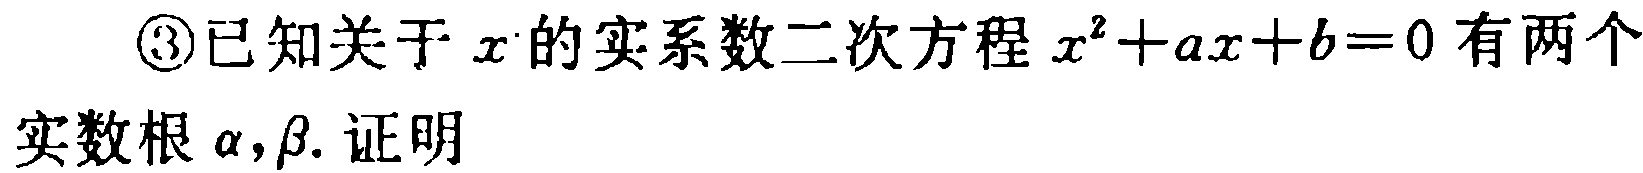
\textcircled{3}已知关于\(x\)的实系数二次方程\(x^{2}+ax + b = 0\)有两个

实数根\(\alpha,\beta\). 证明